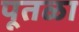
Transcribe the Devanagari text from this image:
पूतळा